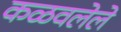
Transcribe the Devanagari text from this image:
कळवलेले